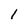
Character: l